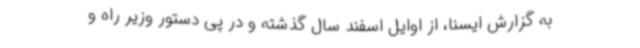
به گزارش ایسنا، از اوایل اسفند سال گذشته و در پی دستور وزیر راه و